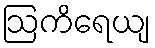
ဩကိရေယျ